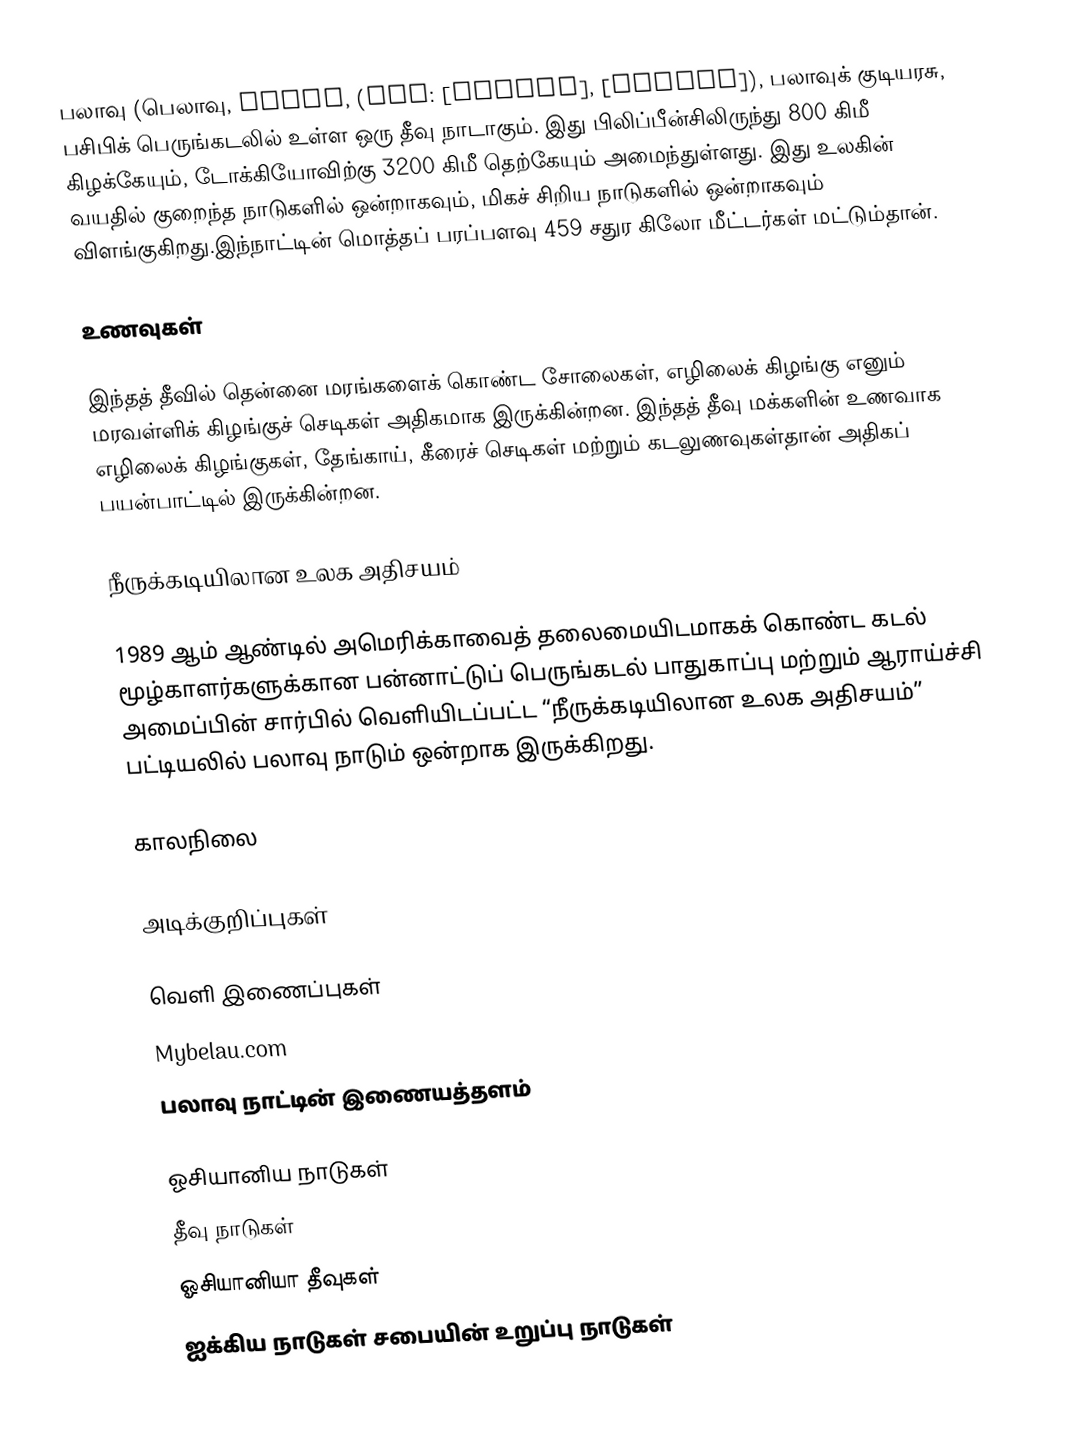
பலாவு (பெலாவு, Palau, (IPA: [pɑˈlaʊ], [pəˈlaʊ]), பலாவுக் குடியரசு, பசிபிக் பெருங்கடலில் உள்ள ஒரு தீவு நாடாகும். இது பிலிப்பீன்சிலிருந்து 800 கிமீ கிழக்கேயும், டோக்கியோவிற்கு 3200 கிமீ தெற்கேயும் அமைந்துள்ளது. இது உலகின் வயதில் குறைந்த நாடுகளில் ஒன்றாகவும், மிகச் சிறிய நாடுகளில் ஒன்றாகவும் விளங்குகிறது.இந்நாட்டின் மொத்தப் பரப்பளவு 459 சதுர கிலோ மீட்டர்கள் மட்டும்தான்.

உணவுகள்

இந்தத் தீவில் தென்னை மரங்களைக் கொண்ட சோலைகள், எழிலைக் கிழங்கு எனும் மரவள்ளிக் கிழங்குச் செடிகள் அதிகமாக இருக்கின்றன. இந்தத் தீவு மக்களின் உணவாக எழிலைக் கிழங்குகள், தேங்காய், கீரைச் செடிகள் மற்றும் கடலுணவுகள்தான் அதிகப் பயன்பாட்டில் இருக்கின்றன.

நீருக்கடியிலான உலக அதிசயம்

1989 ஆம் ஆண்டில் அமெரிக்காவைத் தலைமையிடமாகக் கொண்ட கடல் மூழ்காளர்களுக்கான பன்னாட்டுப் பெருங்கடல் பாதுகாப்பு மற்றும் ஆராய்ச்சி அமைப்பின் சார்பில் வெளியிடப்பட்ட “நீருக்கடியிலான உலக அதிசயம்” பட்டியலில் பலாவு நாடும் ஒன்றாக இருக்கிறது.

காலநிலை

அடிக்குறிப்புகள்

வெளி இணைப்புகள்
 Mybelau.com
 பலாவு நாட்டின் இணையத்தளம்

ஓசியானிய நாடுகள்
தீவு நாடுகள்
ஓசியானியா தீவுகள்
ஐக்கிய நாடுகள் சபையின் உறுப்பு நாடுகள்